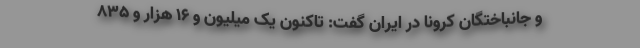
و جانباختگان کرونا در ایران گفت: تاکنون یک میلیون و ۱۶ هزار و ۸۳۵